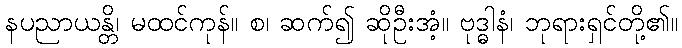
နပညာယန္တိ၊ မထင်ကုန်။ စ၊ ဆက်၍ ဆိုဦးအံ့။ ဗုဒ္ဓါနံ၊ ဘုရားရှင်တို့၏။